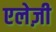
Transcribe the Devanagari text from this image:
एलेज़ी